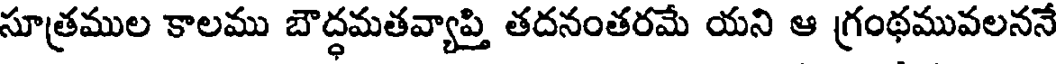
సూత్రముల కాలము బౌద్ధమతవ్యాప్తి తదనంతరమే యని ఆ గ్రంథమువలననే